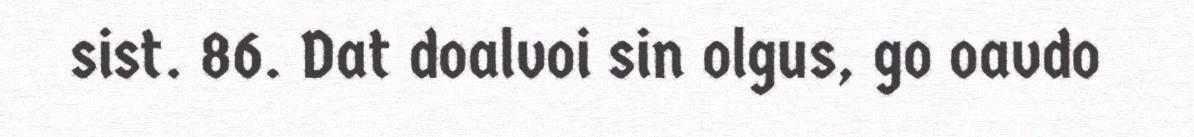
sist. 86. Dat doalvoi sin olgus, go oavdo